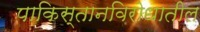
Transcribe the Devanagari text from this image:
पाकिस्तानविरोधातील